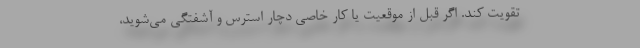
تقویت کند. اگر قبل از موقعیت یا کار خاصی دچار استرس و آشفتگی می‌شوید،